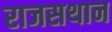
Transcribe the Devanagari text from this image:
राजसथान